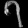
Digit: ၇